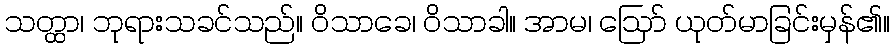
သတ္ထာ၊ ဘုရားသခင်သည်။ ဝိသာခေ၊ ဝိသာခါ။ အာမ၊ ဩော် ယုတ်မာခြင်းမှန်၏။